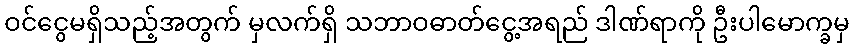
ဝင်ငွေမရှိသည့်အတွက် မှလက်ရှိ သဘာဝဓာတ်ငွေ့အရည် ဒါဏ်ရာကို ဦးပါမောက္ခမှ